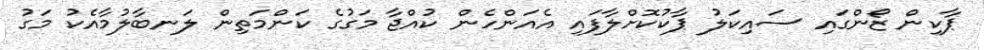
ޕާކިން ޒޯންގައި ސައިކަލު ޕާކުކޮށްލާފައި އެއަންހެން ކުއްޖާ މަގުގެ ކަންމަތިން ލަނބާލުމާއެކު މަގު